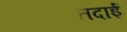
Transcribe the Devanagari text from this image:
तदाई